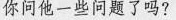
你问他一些问题了吗?